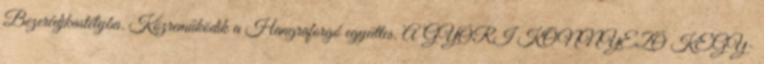
Bezerédjkastélyba. Közreműködik a Hangraforgó együttes. A GYŐRI KÖNNYEZŐ KEGY-